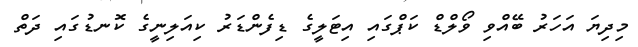
މިދިޔަ އަހަރު ބޭއްވި ވޯލްޑް ކަޕްގައި އިޓަލީގެ ޑިފެންޑަރު ކިއަލިނީގެ ކޮނޑުގައި ދަތް